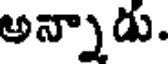
అన్నాడు.